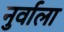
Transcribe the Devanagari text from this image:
नुर्वाला